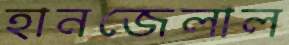
হানজেলাল